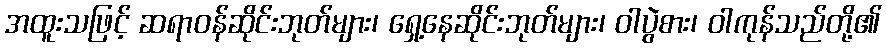
အထူးသဖြင့် ဆရာဝန်ဆိုင်းဘုတ်များ၊ ရှေ့နေဆိုင်းဘုတ်များ၊ ဝါပွဲစား၊ ဝါကုန်သည်တို့၏